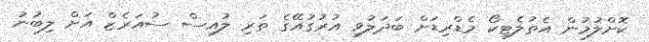
ކޮށްލުމުން އެތުލެޓިކޯ މެޑްރިޑަށް ބަދަލުވި އުރުގުއޭގެ ތަރި ލުއިސް ސުއަރެޒް އަށް ލިބުނު